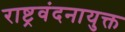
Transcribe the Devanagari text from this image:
राष्ट्रवंदनायुक्त